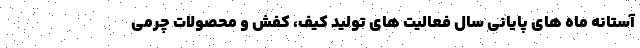
آستانه ماه های پایانی سال فعالیت های تولید کیف، کفش و محصولات چرمی